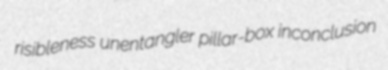
risibleness unentangler pillar-box inconclusion